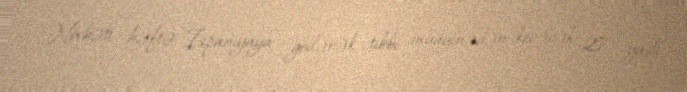
Növbəti həftə İspaniyaya gedərək tibbi müayinədən keçəcək 27 yaşlı